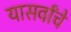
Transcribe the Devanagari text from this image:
यासर्वांचे